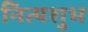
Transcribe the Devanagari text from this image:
नित्यशुभ